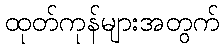
ထုတ်ကုန်များအတွက်